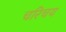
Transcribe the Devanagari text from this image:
चरिचय